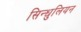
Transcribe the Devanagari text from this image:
सिन्धुलियन